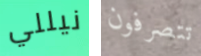
نيللي تتصرفون